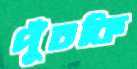
পুঁচকি